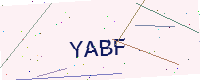
Text: YABF